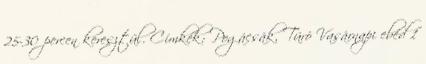
25-30 percen keresztül. Címkék: Pogácsák, Túró Vasárnapi ebéd 1